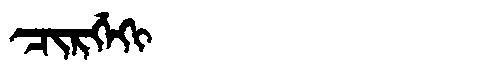
Manchu: ᠴᡳᡵᡤᡝᡴᡳ
Romanization: CIRGEKI